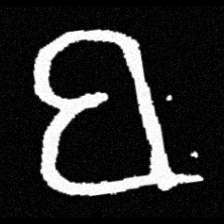
Pyu character \u2014 Myanmar letter: ဗ (romanized: ba)